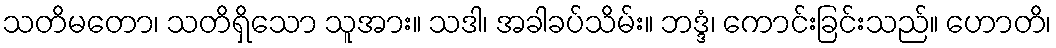
သတိမတော၊ သတိရှိသော သူအား။ သဒါ၊ အခါခပ်သိမ်း။ ဘဒ္ဒံ၊ ကောင်းခြင်းသည်။ ဟောတိ၊